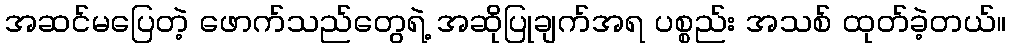
အဆင်မပြေတဲ့ ဖောက်သည်တွေရဲ့ အဆိုပြုချက်အရ ပစ္စည်း အသစ် ထုတ်ခဲ့တယ်။